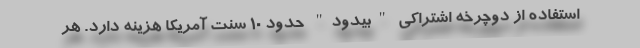
استفاده از دوچرخه اشتراکی "بیدود" حدود 10 سنت آمریکا هزینه دارد. هر